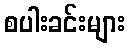
စပါးခင်းများ